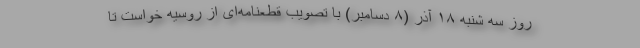
روز سه شنبه ۱۸ آذر (۸ دسامبر) با تصویب قطعنامه‌ای از روسیه خواست تا